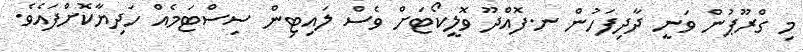
މި ގްރޫޕުން ވަނީ ދާދިފަހުން ނ.ފޮއްދޫ ވޮލީކޯޓަށް ވެސް ލައިޓިން ސިސްޓަމެއް ހަދިޔާކޮށްފައެވެ.